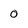
Character: 0